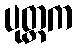
ပုတ္တက